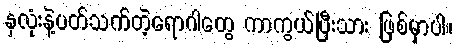
နှလုံးနဲ့ပတ်သက်တဲ့ရောဂါတွေ ကာကွယ်ပြီးသား ဖြစ်မှာပါ။